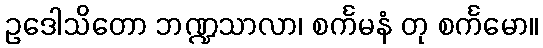
ဥဒေါသိတော ဘဏ္ဍသာလာ၊ စင်္ကမနံ တု စင်္ကမော။